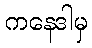
ကနေဒါမှ